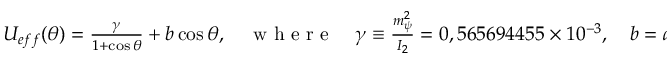
\begin{array} { r } { U _ { e f f } ( \theta ) = \frac { \gamma } { 1 + \cos \theta } + b \cos \theta , \quad \mathrm { ~ w ~ h ~ e ~ r ~ e ~ } \quad \gamma \equiv \frac { m _ { \psi } ^ { 2 } } { I _ { 2 } } = 0 , 5 6 5 6 9 4 4 5 5 \times 1 0 ^ { - 3 } , \quad b = a \mu L = 0 , 0 8 8 2 . } \end{array}